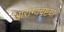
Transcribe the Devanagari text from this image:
आरोग्यदृष्टया